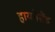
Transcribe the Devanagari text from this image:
हायनेसैंड